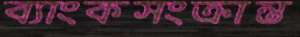
ব্যাংকসংক্রান্ত